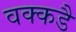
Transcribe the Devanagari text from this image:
वक्कडै